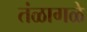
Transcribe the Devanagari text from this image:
तंळागळे